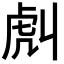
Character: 𧆢